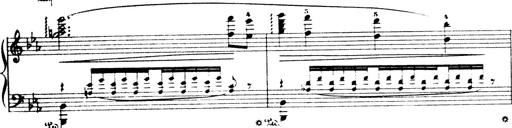
Title: Wagner-Liszt Album
Composer: Franz Liszt